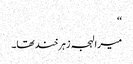
‘‘
میرا لہجہ زہرخند تھا۔